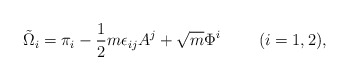
\begin{align*}\tilde{\Omega}_i = \pi_i - \frac{1}{2} m \epsilon_{ij} A^j + \sqrt{m} \Phi^i ~~~~~~~(i=1,2),\end{align*}